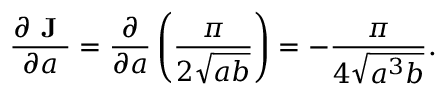
{ \frac { \partial { \textbf { J } } } { \partial a } } = { \frac { \partial } { \partial a } } \left( { \frac { \pi } { 2 { \sqrt { a b } } } } \right) = - { \frac { \pi } { 4 { \sqrt { a ^ { 3 } b } } } } .